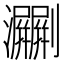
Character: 㶜